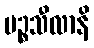
ပဉ္စသီလာနိ